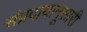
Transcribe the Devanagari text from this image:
संप्रदायानूसारी